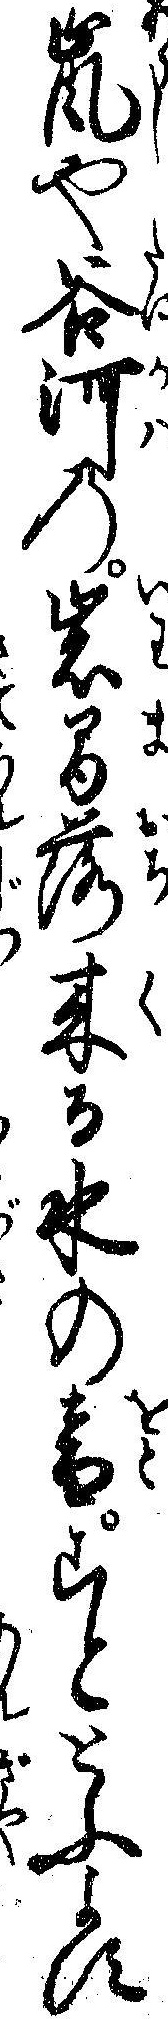
嵐や谷河の岩間落来る水の音こととふよす